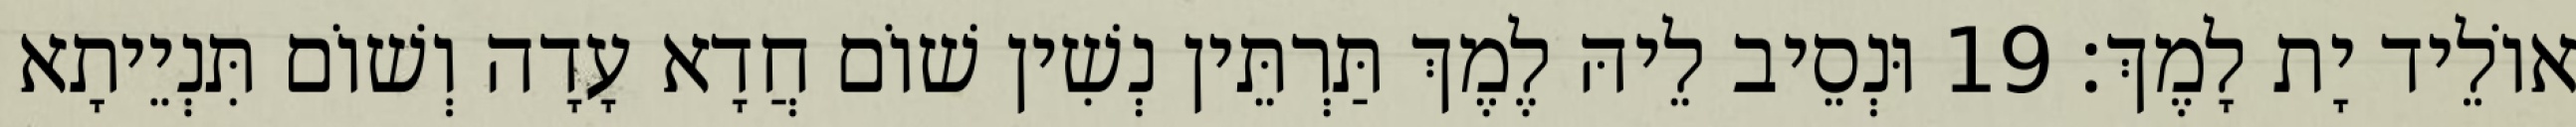
אוֹלֵיד יָת לָמֶךְ׃ 19 וּנְסֵיב לֵיהּ לֶמֶךְ תַּרְתֵּין נְשִׁין שׁוֹם חֲדָא עָדָה וְשׁוֹם תִּנְיֵיתָא